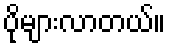
ပိုများလာတယ်။